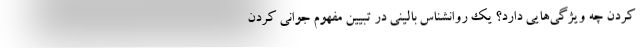
کردن چه ویژگی‌هایی دارد؟ یک روانشناس بالینی در تبیین مفهوم جوانی کردن